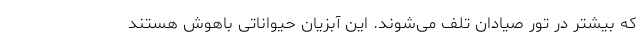
که بیشتر در تور صیادان تلف می‌شوند. این آبزیان حیواناتی باهوش هستند